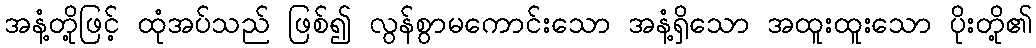
အနံ့တို့ဖြင့် ထုံအပ်သည် ဖြစ်၍ လွန်စွာမကောင်းသော အနံ့ရှိသော အထူးထူးသော ပိုးတို့၏